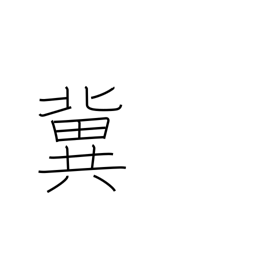
Meaning: hope for